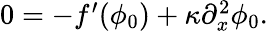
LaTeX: \begin{array}{r}{0=-f^{\prime}(\phi_{0})+\kappa\partial_{x}^{2}\phi_{0}.}\end{array}